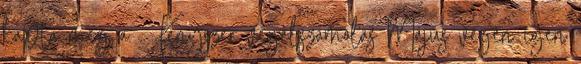
kapta meg a . Kényszer végelszámolás Május végén igen